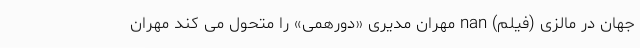
جهان در مالزی (فیلم) nan مهران مدیری «دورهمی» را متحول می کند مهران